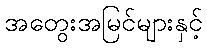
အတွေးအမြင်များနှင့်